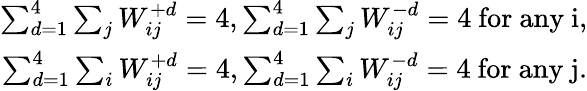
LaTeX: \begin{array}{r}{\sum_{d=1}^{4}\sum_{j}W_{ij}^{+d}=4,\sum_{d=1}^{4}\sum_{j}W_{ij}^{-d}=4\ \mathrm{for~any~i,}}\\ {\sum_{d=1}^{4}\sum_{i}W_{ij}^{+d}=4,\sum_{d=1}^{4}\sum_{i}W_{ij}^{-d}=4\ \mathrm{for~any~j.}}\end{array}